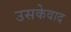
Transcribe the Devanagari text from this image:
उसकेवाद